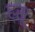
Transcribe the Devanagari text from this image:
ह्सू